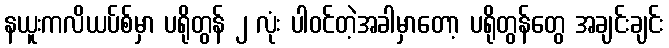
နယူးကလိယပ်စ်မှာ ပရိုတွန် ၂ လုံး ပါဝင်တဲ့အခါမှာတော့ ပရိုတွန်တွေ အချင်းချင်း